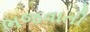
ભજવાતી